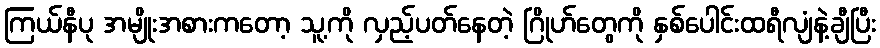
ကြယ်နီပု အမျိုးအစားကတော့ သူ့ကို လှည့်ပတ်နေတဲ့ ဂြိုဟ်တွေကို နှစ်ပေါင်းထရီလျံနဲ့ချီပြီး